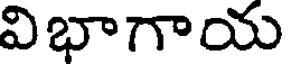
విభాగాయ